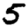
Digit: 5